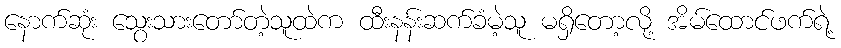
နောက်ဆုံး သွေးသားတော်တဲ့သူထဲက ထီးနန်းဆက်ခံမဲ့သူ မရှိတော့လို့ အိမ်ထောင်ဖက်ရဲ့